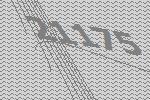
21175